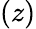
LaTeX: (z)